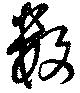
数